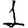
Digit: 1